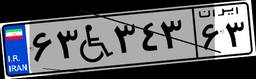
۵۱W۴۶۶۸۴